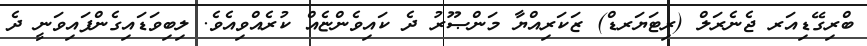
ބްރިގޭޑިއަރ ޖެނެރަލް (ރިޓަޔަރޑް) ޒަކަރިއްޔާ މަންޞޫރު ދެ ކައިވެންޏެއް ކުރެއްވިއެވެ. ލިބިވަޑައިގެންފައިވަނީ ދެ